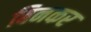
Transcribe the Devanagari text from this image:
बिनकर